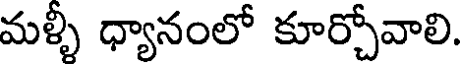
మళ్ళీ ధ్యానంలో కూర్చోవాలి.